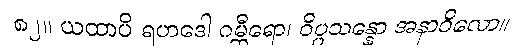
၈၂။ ယထာပိ ရဟဒေါ ဂမ္ဘီရော၊ ဝိပ္ပသန္နော အနာဝိလော။